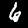
Label: 6